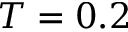
T = 0 . 2